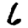
Digit: 6